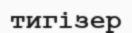
тигізер